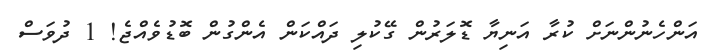
އަންހެނުންނަށް ކުރާ އަނިޔާ ޑޮލަރުން ގޭކުލި ދައްކަން އެންގުން ބޮޑުވެއްޖެ! 1 ދުވަސް